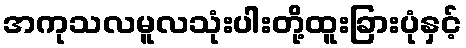
အကုသလမူလသုံးပါးတို့ထူးခြားပုံနှင့်